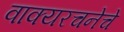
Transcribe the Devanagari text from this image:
वाक्यरचनेचे